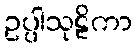
ဥပ္ပါသုဠိကာ